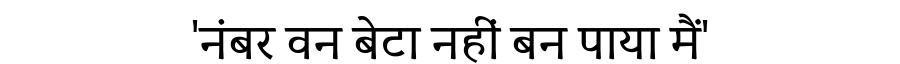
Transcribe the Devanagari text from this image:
'नंबर वन बेटा नहीं बन पाया मैं'